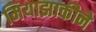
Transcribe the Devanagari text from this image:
मियाझाकीने